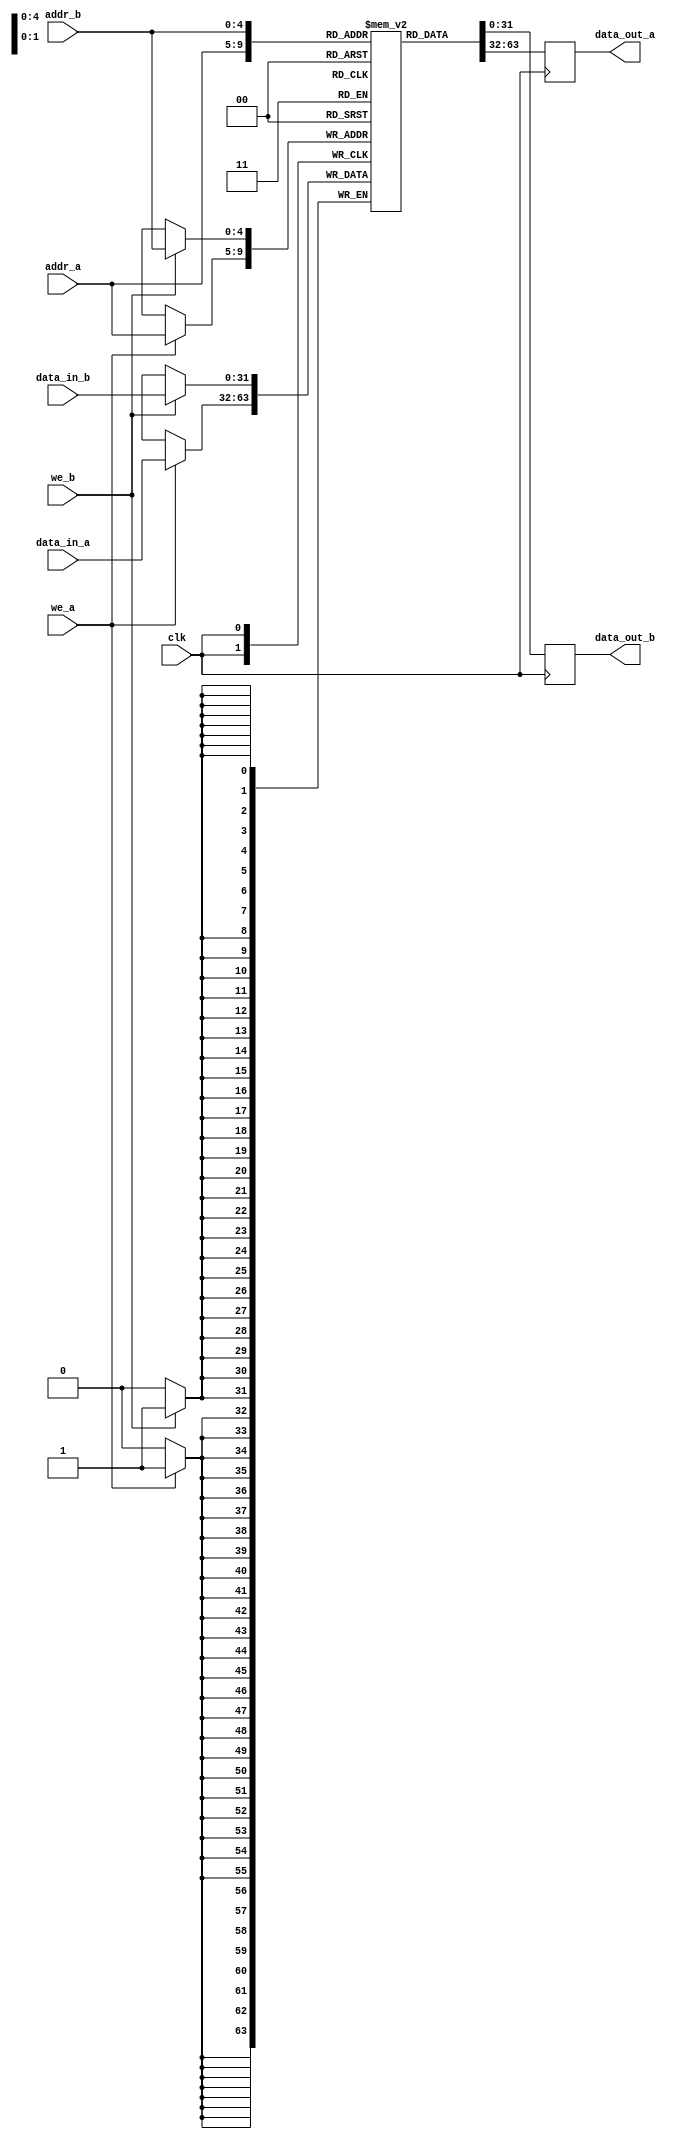
module dual_port_ram (
    input clk,                     // Clock
    input we_a, we_b,              // Write enable for port A and port B
    input [4:0] addr_a, addr_b,    // 5-bit address for port A and port B (32 locations)
    input [31:0] data_in_a, data_in_b, // 32-bit data input for port A and port B
    output reg [31:0] data_out_a, data_out_b // 32-bit data output for port A and port B
);

    // Declare the RAM variable (32 locations of 32 bits each)
    reg [31:0] ram [31:0];

    // Port A operation
    always @(posedge clk) begin
        if (we_a) begin
            ram[addr_a] <= data_in_a;    // Write operation
        end
        data_out_a <= ram[addr_a];        // Read operation
    end

    // Port B operation
    always @(posedge clk) begin
        if (we_b) begin
            ram[addr_b] <= data_in_b;    // Write operation
        end
        data_out_b <= ram[addr_b];        // Read operation
    end

endmodule